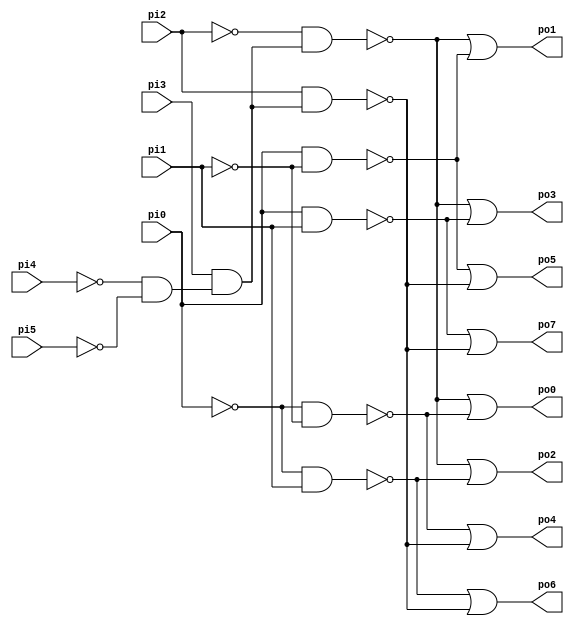
// Benchmark "CM138" written by ABC on Sun Apr 22 21:43:00 2018

module CM138 ( 
    pi0, pi1, pi2, pi3, pi4, pi5,
    po0, po1, po2, po3, po4, po5, po6, po7  );
  input  pi0, pi1, pi2, pi3, pi4, pi5;
  output po0, po1, po2, po3, po4, po5, po6, po7;
  wire n15, n16, n17, n18, n20, n22, n24, n26;
  assign n15 = ~pi4 & ~pi5;
  assign n16 = pi3 & n15;
  assign n17 = ~pi2 & n16;
  assign n18 = ~pi0 & ~pi1;
  assign po0 = ~n17 | ~n18;
  assign n20 = pi0 & ~pi1;
  assign po1 = ~n17 | ~n20;
  assign n22 = ~pi0 & pi1;
  assign po2 = ~n17 | ~n22;
  assign n24 = pi0 & pi1;
  assign po3 = ~n17 | ~n24;
  assign n26 = pi2 & n16;
  assign po4 = ~n18 | ~n26;
  assign po5 = ~n20 | ~n26;
  assign po6 = ~n22 | ~n26;
  assign po7 = ~n24 | ~n26;
endmodule